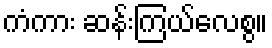
ကံကား ဆန်းကြယ်လေစွ။